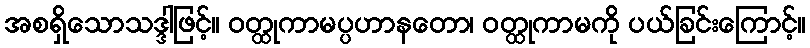
အစရှိသောသဒ္ဒါဖြင့်။ ဝတ္ထုကာမပ္ပဟာနတော၊ ဝတ္ထုကာမကို ပယ်ခြင်းကြောင့်။